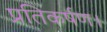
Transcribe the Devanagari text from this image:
प्रतिकर्षण।